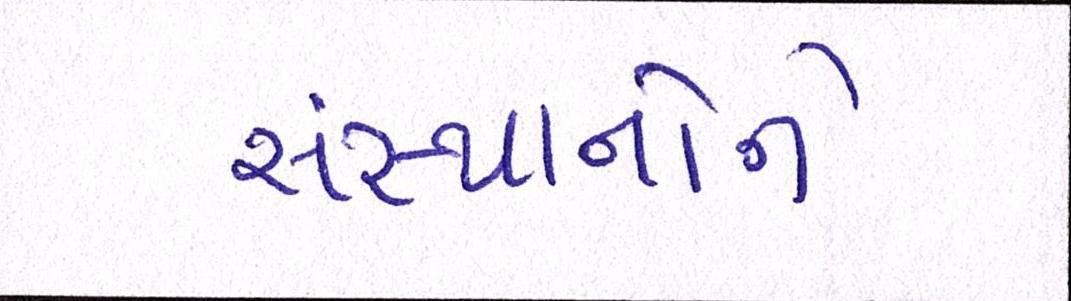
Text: સંસ્થાનોને